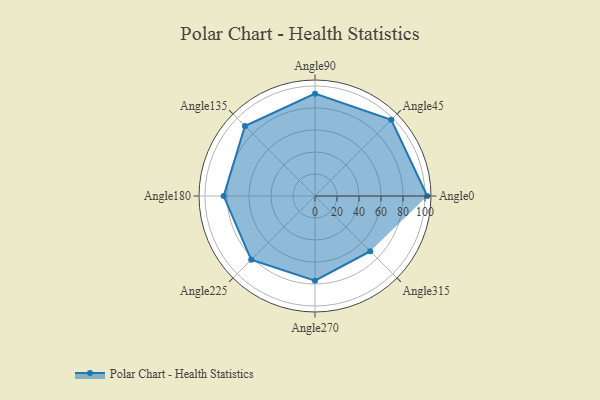
{"axis": {"x": "Angle", "y": "Radius"}, "legend": [""], "data": [{"x": "Angle0", "y": 102.0, "type": ""}, {"x": "Angle45", "y": 98.0, "type": ""}, {"x": "Angle90", "y": 93.0, "type": ""}, {"x": "Angle135", "y": 90.0, "type": ""}, {"x": "Angle180", "y": 83.0, "type": ""}, {"x": "Angle225", "y": 82.0, "type": ""}, {"x": "Angle270", "y": 77.0, "type": ""}, {"x": "Angle315", "y": 71.0, "type": ""}]}